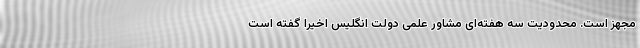
مجهز است. محدودیت سه هفته‌ای مشاور علمی دولت انگلیس اخیرا گفته است